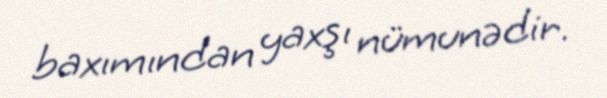
baxımından yaxşı nümunədir.